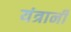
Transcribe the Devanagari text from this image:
यंत्रानी